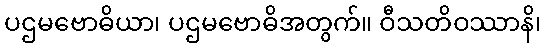
ပဌမဗောဓိယာ၊ ပဌမဗောဓိအတွက်။ ဝီသတိဝဿာနိ၊